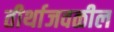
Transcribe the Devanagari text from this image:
तीर्थाजवळील